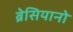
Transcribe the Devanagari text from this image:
ब्रेसियानो